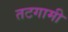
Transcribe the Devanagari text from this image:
तटगामी